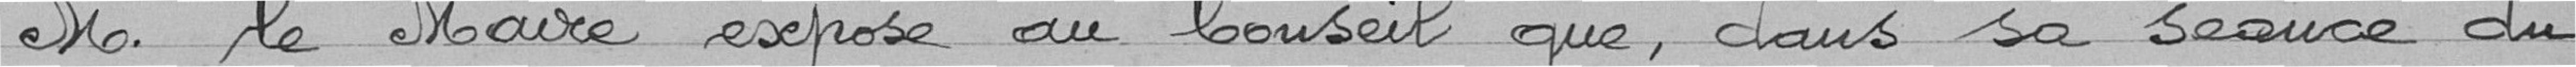
M. le Maire expose au Conseil que, dans sa séance du